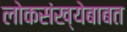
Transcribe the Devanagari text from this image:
लोकसंख्येबाबत